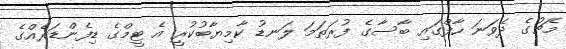
މެޗުގެ ދެވަނަ ހާފްގައި ބާސާގެ ފުރަތަމަ ލަނޑު ކާމިޔާބުކުރީ އެ ޓީމްގެ ޑިފެންޑަރެއްގެ